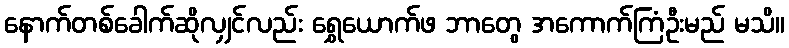
နောက်တစ်ခေါက်ဆိုလျှင်လည်း ရွှေယောက်ဖ ဘာတွေ အကောက်ကြံဦးမည် မသိ။